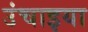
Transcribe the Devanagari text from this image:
उंचाइया